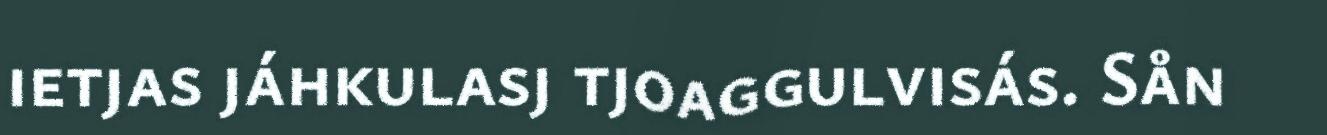
ietjas jáhkulasj tjoaggulvisás. Sån